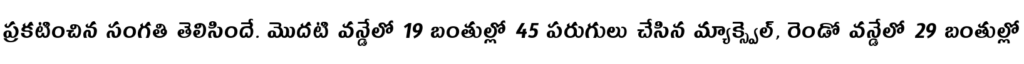
ప్రకటించిన సంగతి తెలిసిందే. మొదటి వన్డేలో 19 బంతుల్లో 45 పరుగులు చేసిన మ్యాక్స్వెల్, రెండో వన్డేలో 29 బంతుల్లో